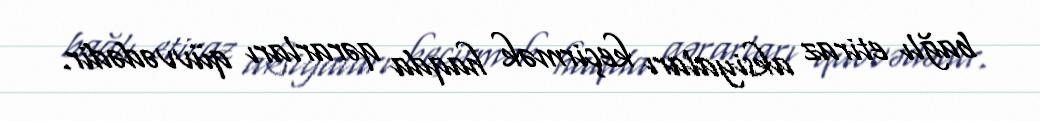
bağlı etiraz aksiyaları keçirmək haqda qərarları qüvvədədir.